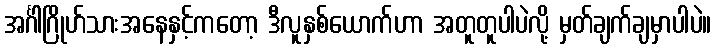
အင်္ဂါဂြိုဟ်သားအနေနှင့်ကတော့ ဒီလူနှစ်ယောက်ဟာ အတူတူပါပဲလို့ မှတ်ချက်ချမှာပါပဲ။